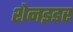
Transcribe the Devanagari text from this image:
शेनइडर